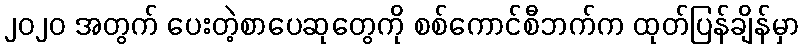
၂၀၂၀ အတွက် ပေးတဲ့စာပေဆုတွေကို စစ်ကောင်စီဘက်က ထုတ်ပြန်ချိန်မှာ